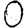
Digit: 0